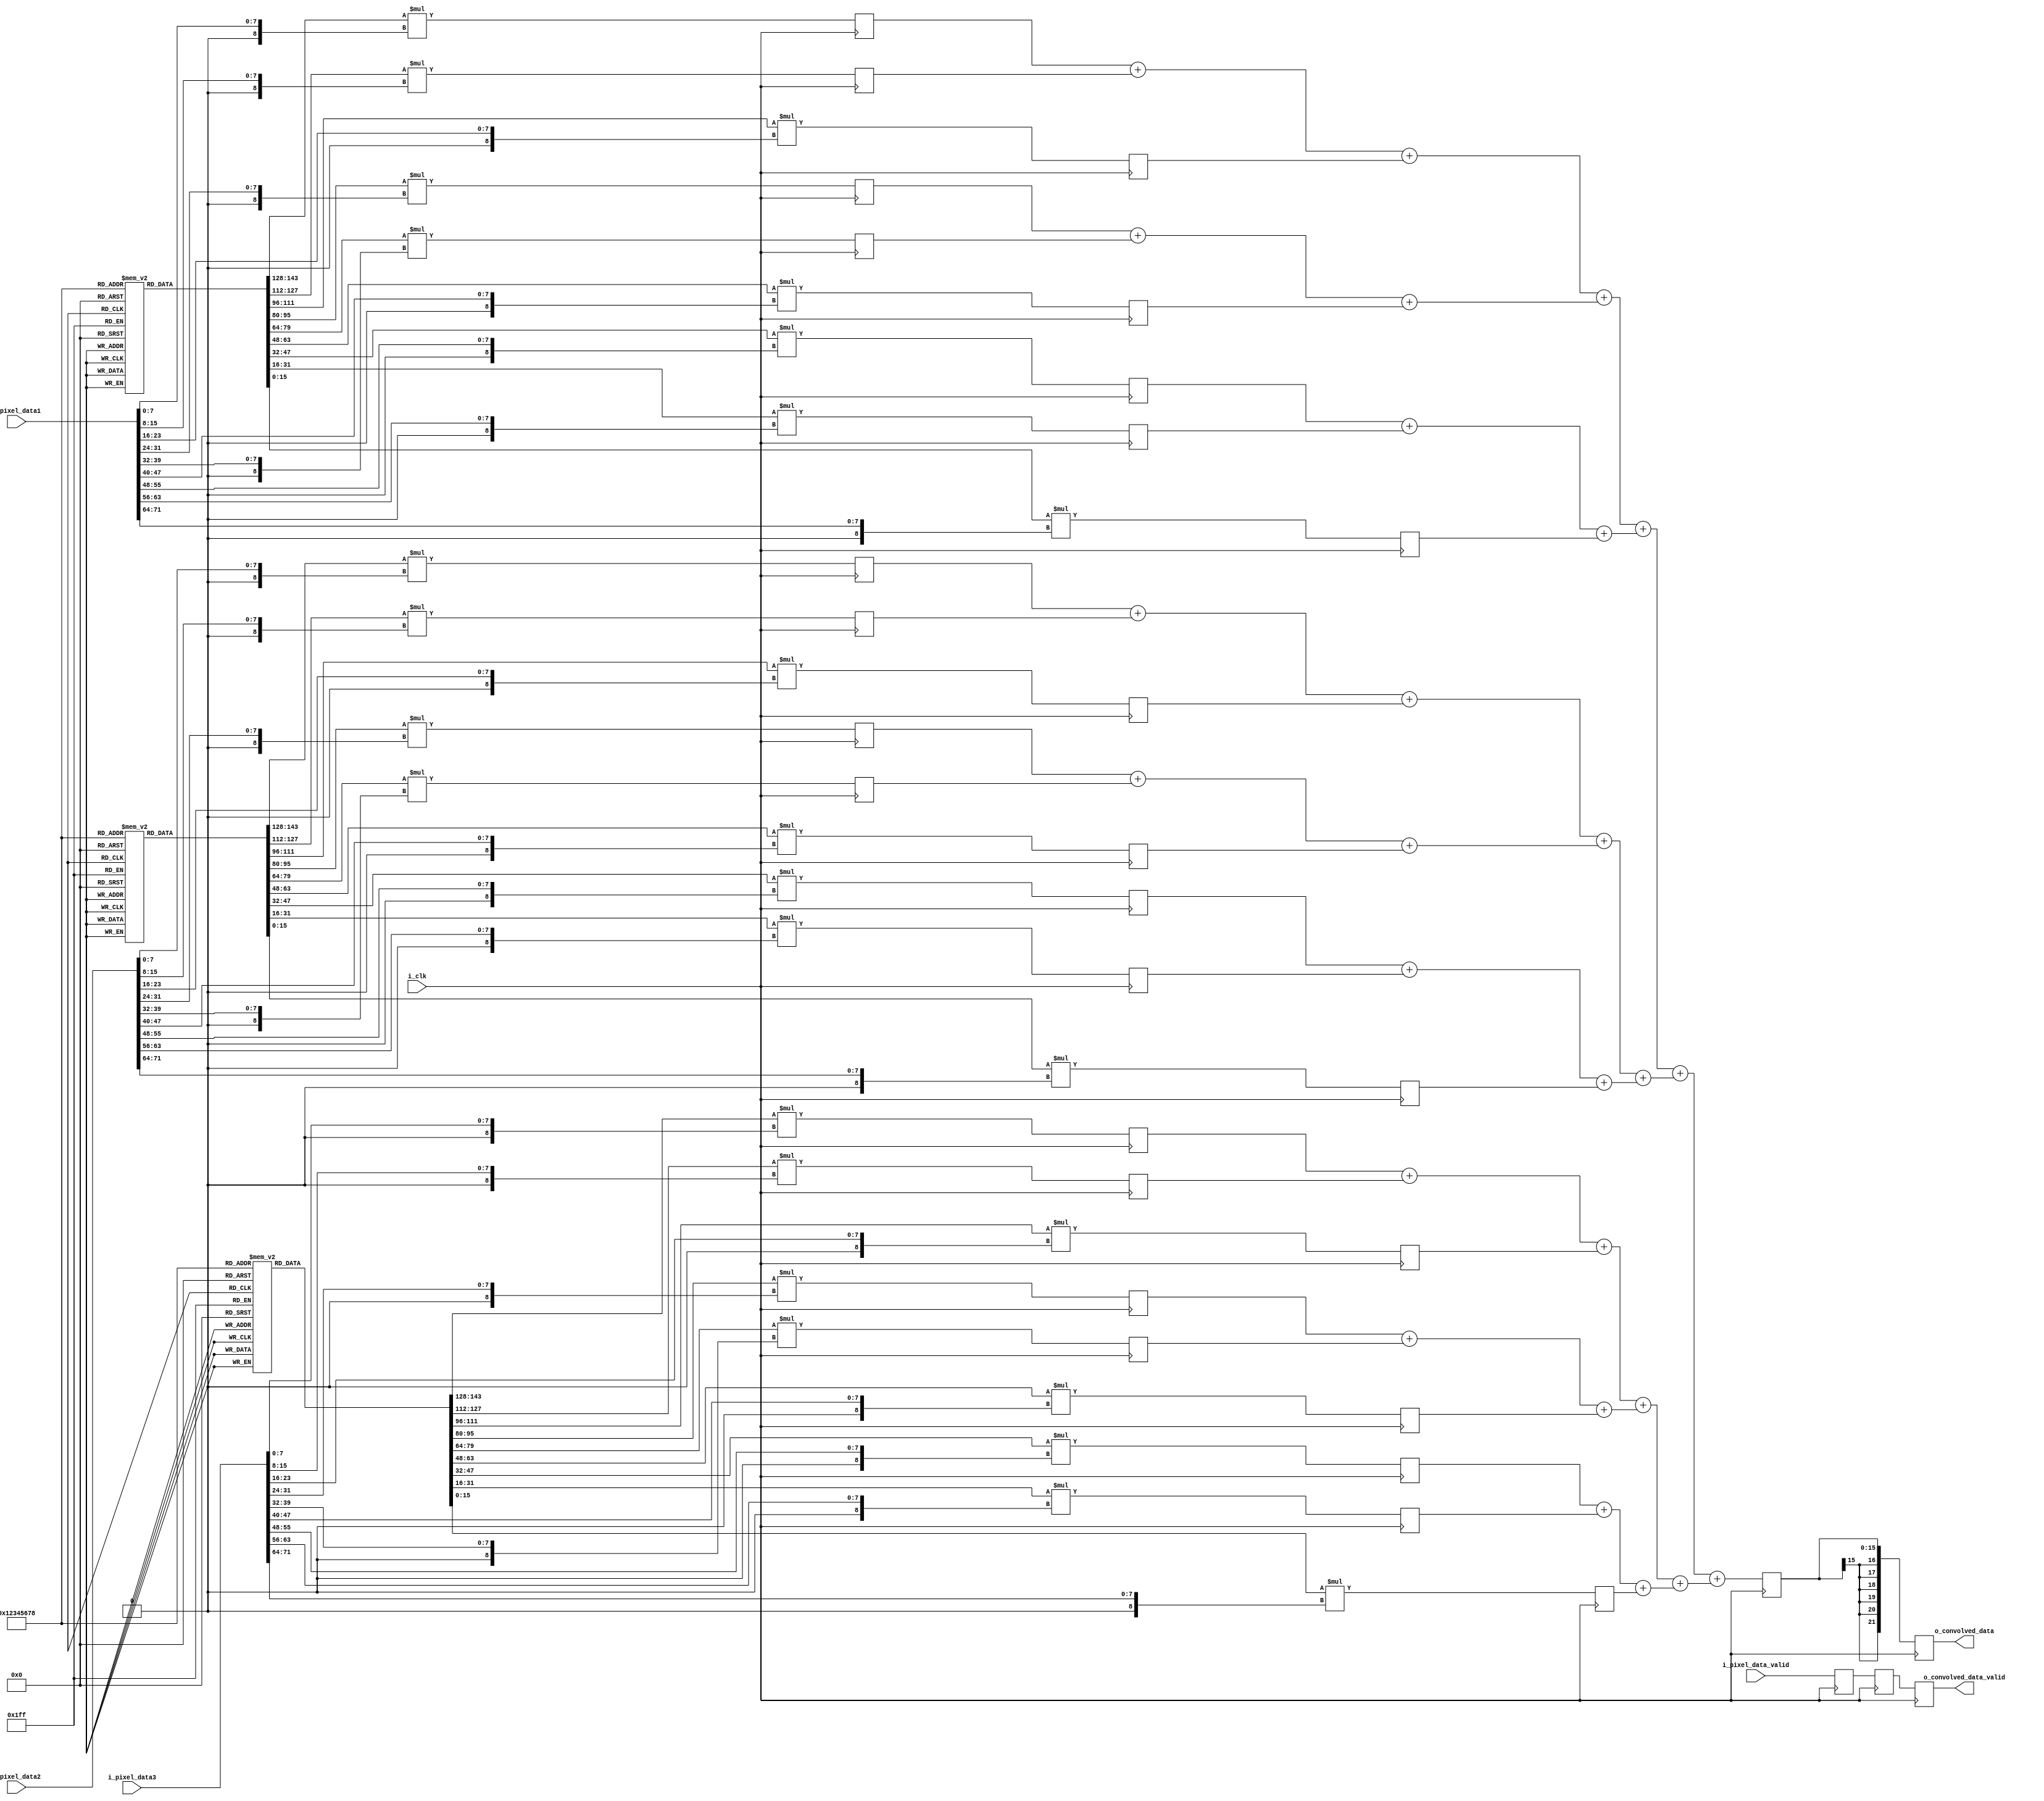
`timescale 1ns / 1ps
//////////////////////////////////////////////////////////////////////////////////
// Company: 
// Engineer: 
// 
// Design Name: 
// Module Name: conv
// Project Name: 
// Target Devices: 
// Tool Versions: 
// Description: 
// 
// Dependencies: 
// 
// Revision:
// Revision 0.01 - File Created
// Additional Comments:
// 
//////////////////////////////////////////////////////////////////////////////////


module conv(
input        i_clk,
//input [71:0] i_pixel_data,
input [71:0] i_pixel_data1,
input [71:0] i_pixel_data2,
input [71:0] i_pixel_data3,
input        i_pixel_data_valid,
output reg [21:0] o_convolved_data,
output reg   o_convolved_data_valid
    );
    
integer i; 
reg [15:0] kernel1_1 [8:0];
reg [15:0] kernel1_2 [8:0];
reg [15:0] kernel1_3 [8:0];
reg [15:0] multData1_1[8:0];
reg [15:0] multData1_2[8:0];
reg [15:0] multData1_3[8:0];
reg [15:0] sumData;
reg multDataValid;
reg sumDataValid;
reg convolved_data_int_valid;
reg [15:0] sum1_1,sum1_2,sum1_3, sum2_1,sum2_2,sum2_3, sum3_1,sum3_2,sum3_3;
reg [15:0] totalsum1,totalsum2,totalsum3;
reg [15:0] totalsum1d,totalsum2d,totalsum3d;
reg [15:0] channelsum;
reg [71:0] i_pixel_data1d [8:0];
reg [71:0] i_pixel_data2d [8:0];
reg [71:0] i_pixel_data3d [8:0];
initial
begin
    kernel1_1[0] =  1;
    kernel1_1[1] =  2;
    kernel1_1[2] =  1;
    kernel1_1[3] =  0;
    kernel1_1[4] =  0;
    kernel1_1[5] =  0;
    kernel1_1[6] = -1;
    kernel1_1[7] = -2;
    kernel1_1[8] = -1;
    
    kernel1_2[0] =  1;
    kernel1_2[1] =  2;
    kernel1_2[2] =  1;
    kernel1_2[3] =  0;
    kernel1_2[4] =  0;
    kernel1_2[5] =  0;
    kernel1_2[6] = -1;
    kernel1_2[7] = -2;
    kernel1_2[8] = -1;
    
    kernel1_3[0] =  1;
    kernel1_3[1] =  2;
    kernel1_3[2] =  1;
    kernel1_3[3] =  0;
    kernel1_3[4] =  0;
    kernel1_3[5] =  0;
    kernel1_3[6] = -1;
    kernel1_3[7] = -2;
    kernel1_3[8] = -1;

end    
    
always @(posedge i_clk)
begin
    for(i=0;i<9;i=i+1)
    begin
        i_pixel_data1d[i] <= i_pixel_data1[i*8+:8];
        i_pixel_data2d[i] <= i_pixel_data2[i*8+:8];
        i_pixel_data3d[i] <= i_pixel_data3[i*8+:8];
        multData1_1[i] <= $signed(kernel1_1[i])*$signed({8'h00,i_pixel_data1[i*8+:8]});
        multData1_2[i] <= $signed(kernel1_2[i])*$signed({8'h00,i_pixel_data2[i*8+:8]});
        multData1_3[i] <= $signed(kernel1_3[i])*$signed({8'h00,i_pixel_data3[i*8+:8]});
    end
    multDataValid <= i_pixel_data_valid;
end
// Adder Tree
always @(*)
begin
    // Channel 1 Adder Tree
    sum1_1 = $signed(multData1_1[0]) + $signed(multData1_1[1]) + $signed(multData1_1[2]);
    sum1_2 = $signed(multData1_1[3]) + $signed(multData1_1[4]) + $signed(multData1_1[5]);
    sum1_3 = $signed(multData1_1[6]) + $signed(multData1_1[7]) + $signed(multData1_1[8]);
    totalsum1 = $signed(sum1_1) + $signed(sum1_2) + $signed(sum1_3);
    // Channel 2 Adder Tree
    sum2_1 = $signed(multData1_2[0]) + $signed(multData1_2[1]) + $signed(multData1_2[2]);
    sum2_2 = $signed(multData1_2[3]) + $signed(multData1_2[4]) + $signed(multData1_2[5]);
    sum2_3 = $signed(multData1_2[6]) + $signed(multData1_2[7]) + $signed(multData1_2[8]);
    totalsum2 = $signed(sum2_1) + $signed(sum2_2) + $signed(sum2_3);
    // Channel 3 Adder Tree
    sum3_1 = $signed(multData1_3[0]) + $signed(multData1_3[1]) + $signed(multData1_3[2]);
    sum3_2 = $signed(multData1_3[3]) + $signed(multData1_3[4]) + $signed(multData1_3[5]);
    sum3_3 = $signed(multData1_3[6]) + $signed(multData1_3[7]) + $signed(multData1_3[8]);
    totalsum3 = $signed(sum3_1) + $signed(sum3_2) + $signed(sum3_3);

    // Adding all channels
    channelsum = $signed(totalsum1) + $signed(totalsum2) + $signed(totalsum3);
end
// End Adder Tree
// always @(*)
// begin
//     sumDataInt1 = 0;
//     sumDataInt2 = 0;
//     for(i=0;i<9;i=i+1)
//     begin
//         sumDataInt1 = $signed(sumDataInt1) + $signed(multData1_1[i]) + $signed(multData1_2[i]) + $signed(multData1_3[i]);
//         sumDataInt2 = $signed(sumDataInt2) + $signed(multData2_1[i]) + $signed(multData2_2[i]) + $signed(multData2_3[i]);
//     end
// end

always @(posedge i_clk)
begin
    sumData <= $signed(channelsum);
    totalsum1d <= $signed(totalsum1);
    totalsum2d <= $signed(totalsum2);
    totalsum3d <= $signed(totalsum3);
    sumDataValid <= multDataValid;
end
    
always @(posedge i_clk)
begin
    o_convolved_data <= $signed(sumData);
    o_convolved_data_valid <= sumDataValid;
end
    
endmodule